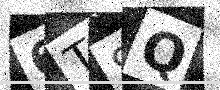
Text: 6T8Q